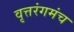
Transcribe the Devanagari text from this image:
वृत्तरंगमंच